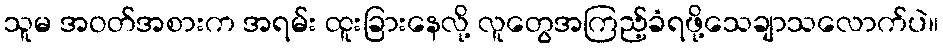
သူမ အဝတ်အစားက အရမ်း ထူးခြားနေလို့ လူတွေအကြည့်ခံရဖို့သေချာသလောက်ပဲ။